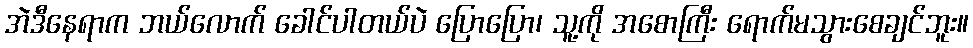
အဲဒီနေရာက ဘယ်လောက် ခေါင်ပါတယ်ပဲ ပြောပြော၊ သူ့ကို အစောကြီး ရောက်မသွားစေချင်ဘူး။